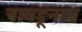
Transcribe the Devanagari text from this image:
नायडूंनाच